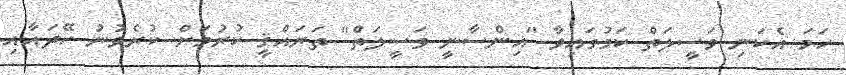
ހަމަ އެކަނި ވަސީލަތް ކަމުގައިވާ "އިންސާނީ ވަސީލަތް" ތަރައްޤީ ކުރުމަށް ކުރެވުނު ހޭދައާއި